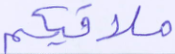
ملاقيكم